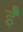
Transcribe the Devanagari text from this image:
ईँ